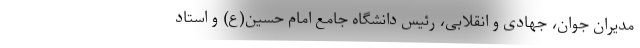
مدیران جوان، جهادی و انقلابی، رئیس دانشگاه جامع امام حسین(ع) و استاد